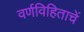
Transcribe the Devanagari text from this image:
वर्णविहिताचें